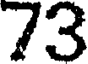
73